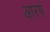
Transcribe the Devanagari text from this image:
आरषं